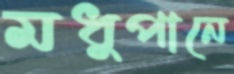
মধুপানে